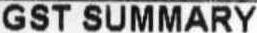
GST SUMMARY